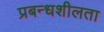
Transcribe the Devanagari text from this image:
प्रबन्धशीलता